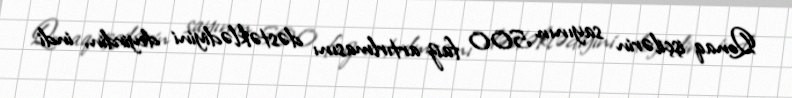
Qonaq işçilərin sayının 500 faiz artırlmasını dəstəklədiyini deyirdin, indi